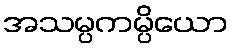
အသမ္ပကမ္ပိယော